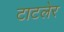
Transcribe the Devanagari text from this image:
टाटलेर